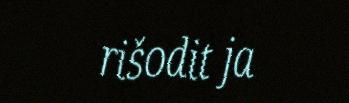
rišodit ja